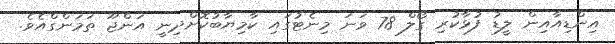
އިންޑިއާއިން ލީޑު ފުޅާކުރި ގޯލް 78 ވަނަ މިނެޓުގައި ކާމިޔާބުކޮށްދިނީ އަންޖޫ ތަމަންގްއެވެ.